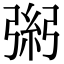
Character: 𢐁